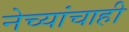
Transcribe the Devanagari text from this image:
नेच्यांचाही